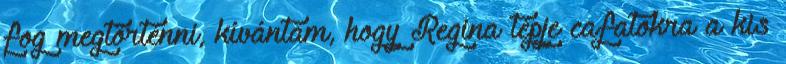
fog megtörténni, kívántam, hogy Regina tépje cafatokra a kis